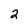
Character: 2